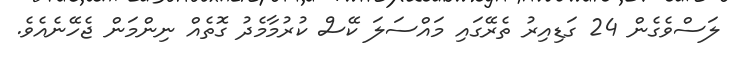
ލަސްވެގެން 24 ގަޑިއިރު ތެރޭގައި މައްސަލަ ކޭސް ކުރުމާމެދު ގޮތެއް ނިންމަން ޖެހޭނެއެވެ.